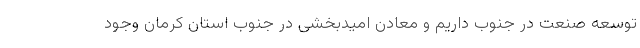
توسعه صنعت در جنوب داریم و معادن امیدبخشی در جنوب استان کرمان وجود